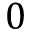
0